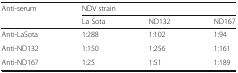
<table><thead><tr><td rowspan="2"><b>Anti-serum</b></td><td colspan="3"><b>NDV strain</b></td></tr><tr><td><b>La Sota</b></td><td><b>ND132</b></td><td><b>ND167</b></td></tr></thead><tbody><tr><td>Anti-LaSota</td><td>1:288</td><td>1:102</td><td>1:94</td></tr><tr><td>Anti-ND132</td><td>1:150</td><td>1:256</td><td>1:161</td></tr><tr><td>Anti-ND167</td><td>1:25</td><td>1:51</td><td>1:189</td></tr></tbody></table>